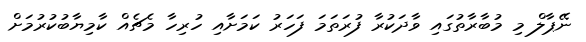
ނޭޕާލް މި މުބާރާތުގައި ވާދަކުރާ ފުރަތަމަ ފަހަރު ކަމަށާއި ހުރިހާ މެޗެއް ކާމިޔާބުކުރުމަށް